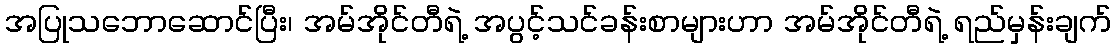
အပြုသဘောဆောင်ပြီး၊ အမ်အိုင်တီရဲ့ အပွင့်သင်ခန်းစာများဟာ အမ်အိုင်တီရဲ့ ရည်မှန်းချက်